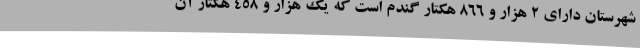
شهرستان دارای 2 هزار و 866 هکتار گندم است که یک هزار و 458 هکتار آن